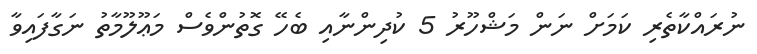
ނުރައްކާތެރި ކަމަށް ނަން މަޝްހޫރު 5 ކުދިންނާއި ބެހޭ ގޮތުންވެސް މަޢޫލޫމާތު ނަގާފައިވާ